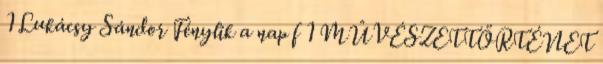
1 Lukácsy Sándor Fénylik a nap f 1 MÛVÉSZETTÖRTÉNET